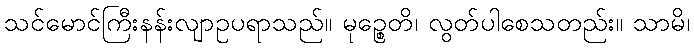
သင်မောင်ကြီးနန်းလျာဥပရာသည်။ မုဉ္စေတိ၊ လွတ်ပါစေသတည်း။ သာမိ၊